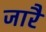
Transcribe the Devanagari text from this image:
जारै